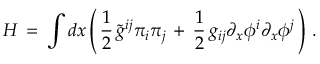
H \, = \, \int d x \left( \, { \frac { 1 } { 2 } } \, \tilde { g } ^ { i j } \pi _ { i } \pi _ { j } \, + \, { \frac { 1 } { 2 } } \, g _ { i j } \partial _ { x } \phi ^ { i } \partial _ { x } \phi ^ { j } \, \right) \, .